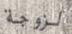
لزوجة